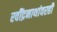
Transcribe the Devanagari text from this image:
रवींद्रनाथांवरही